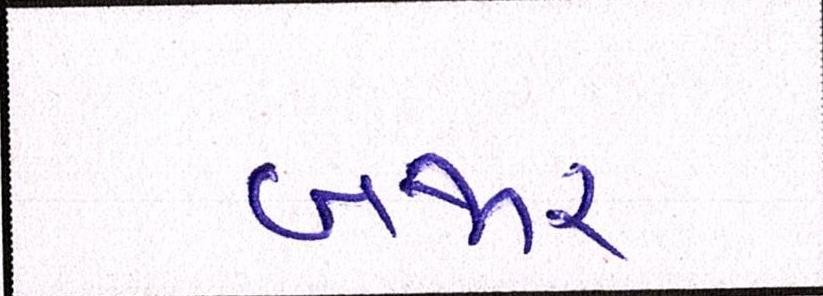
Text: બજાર